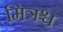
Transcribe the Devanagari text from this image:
मित्रश्च